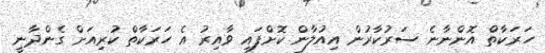
ހަރަކާތް އޮންނާނެ ސަރުކާރުން އިއުލާން ކޮށްފައި ވާއިރު އެ ހަރަކާތް ކުރިއަށް ގެންދާނީ